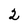
Character: 2